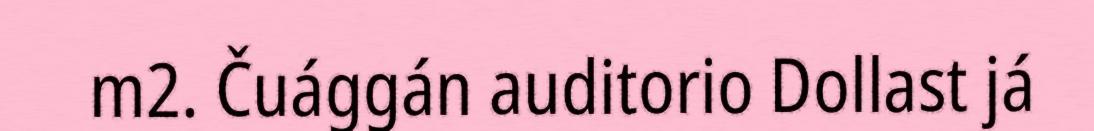
m2. Čuággán auditorio Dollast já